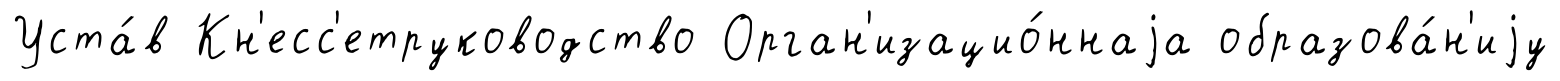
Уста́в Кн'есс'етруководство Орган'изацио́ннаjа образова́н'иjу